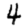
Digit: 4